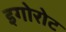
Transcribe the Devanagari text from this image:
इगोरोट